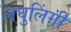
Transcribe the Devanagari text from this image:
लघुलिंगी